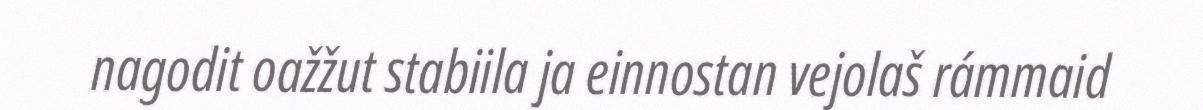
nagodit oažžut stabiila ja einnostan vejolaš rámmaid